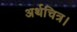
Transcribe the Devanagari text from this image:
अर्थचित्र।